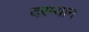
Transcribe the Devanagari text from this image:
दरम्‍यान